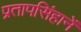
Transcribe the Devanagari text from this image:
प्रतापसिंहानें